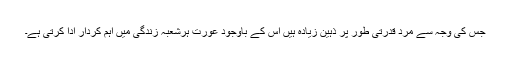
جس کی وجہ سے مرد قدرتی طور پر ذہین زیادہ ہیں اس کے باوجود عورت ہرشعبہ زندگی میں اہم کردار ادا کرتی ہے۔